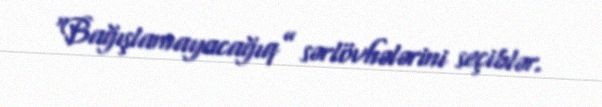
“Bağışlamayacağıq” sərlövhələrini seçiblər.